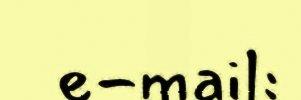
e-mail: